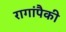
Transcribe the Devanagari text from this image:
रागांपैकी